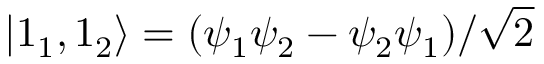
| 1 _ { 1 } , 1 _ { 2 } \rangle = ( \psi _ { 1 } \psi _ { 2 } - \psi _ { 2 } \psi _ { 1 } ) / { \sqrt { 2 } }